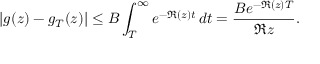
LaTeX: | g ( z ) - g _ { T } ( z ) | \leq B \int _ { T } ^ { \infty } e ^ { - \Re ( z ) t } \, d t = { \frac { B e ^ { - \Re ( z ) T } } { \Re z } } .